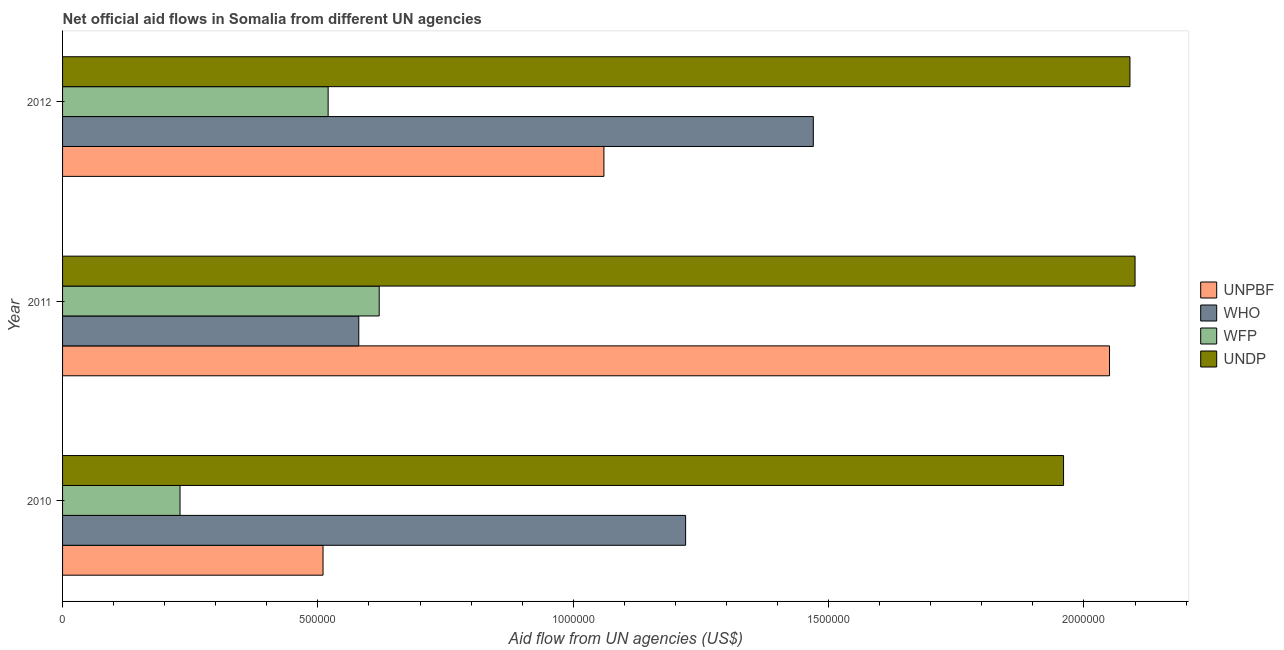
| Year | UNPBF | WHO | WFP | UNDP |
 | --- | --- | --- | --- | --- |
 | 2010 | 5.1e+05 | 1.22e+06 | 2.3e+05 | 1.96e+06 |
 | 2011 | 2.05e+06 | 5.8e+05 | 6.2e+05 | 2.1e+06 |
 | 2012 | 1.06e+06 | 1.47e+06 | 5.2e+05 | 2.09e+06 |